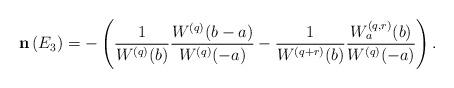
LaTeX: \begin{align*} \mathbf{n}\left(E_3\right)=-\left(\frac{1}{W^{(q)}(b)}\frac{W^{(q)}(b-a)}{W^{(q)}(-a)}-\frac{1}{W^{(q+r)}(b)}\frac{W^{(q,r)}_a(b)}{W^{(q)}(-a)}\right). \end{align*}